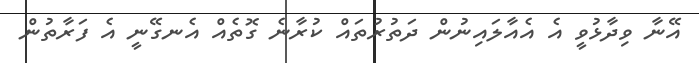
އޭނާ ވިދާޅުވީ އެ އެއާލައިނުން ދަތުރުތައް ކުރާނެ ގޮތެއް އެނގޭނީ އެ ފަރާތުން